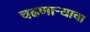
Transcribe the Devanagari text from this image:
चढणार्‍याचा